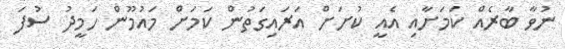
ނުވާ ބާރެއް ކަމަށާއި އެއީ ކުށަށް އަރައިގަތުން ކަމަށް މައުމޫން ހަމީދު ސުފަ